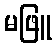
မဖြူ